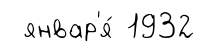
январ'я́ 1932